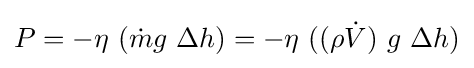
P=-\eta \ ({\dot {m}}g\ \Delta h)=-\eta \ ((\rho {\dot {V}})\ g\ \Delta h)